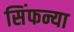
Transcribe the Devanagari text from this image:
सिंफन्या